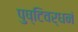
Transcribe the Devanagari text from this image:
पुष्टिवर्धनं